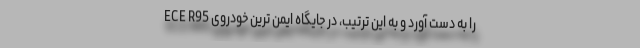
ECE R95 را به دست آورد و به این ترتیب، در جایگاه ایمن ترین خودروی